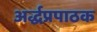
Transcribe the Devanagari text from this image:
अर्द्धप्रपाठक